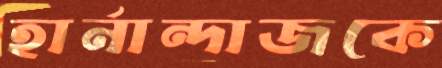
হার্নান্দাজকে